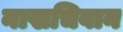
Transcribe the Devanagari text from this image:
नाखचिवान